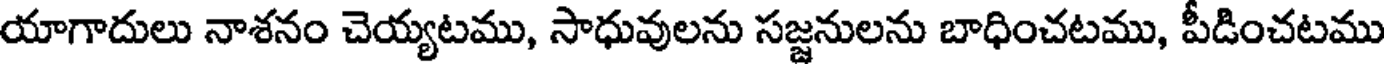
యాగాదులు నాశనం చెయ్యటము, సాధువులను సజ్జనులను బాధించటము, పీడించటము